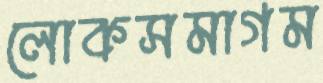
লোকসমাগম